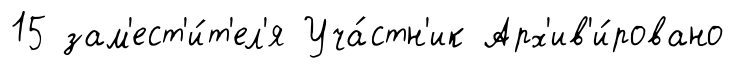
15 зам'ест'и́т'ел'я Уча́стн'ик Арх'ив'и́ровано